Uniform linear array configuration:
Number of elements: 32
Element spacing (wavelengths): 0.25
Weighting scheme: hamming
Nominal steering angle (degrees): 15
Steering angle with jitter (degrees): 15.857
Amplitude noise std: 0.05
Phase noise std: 0.05

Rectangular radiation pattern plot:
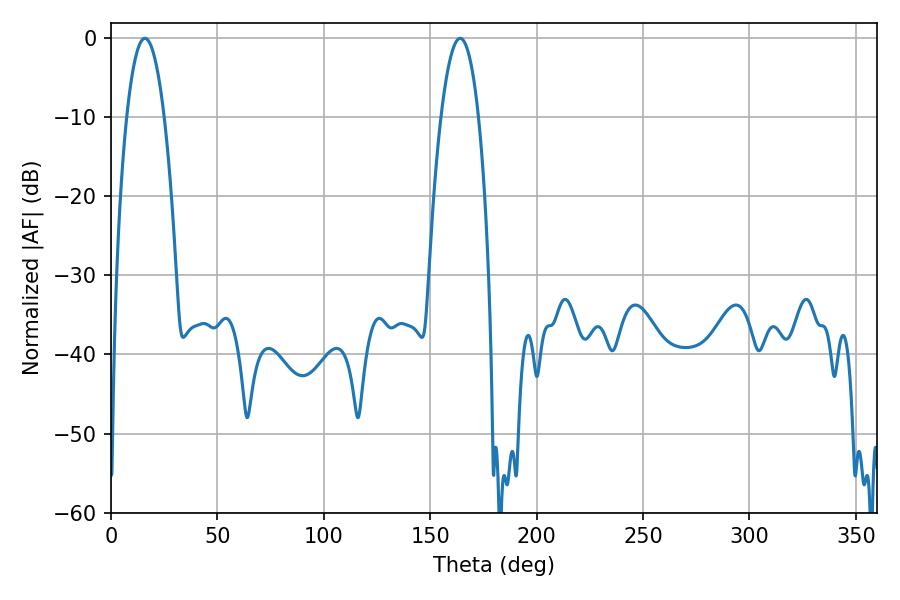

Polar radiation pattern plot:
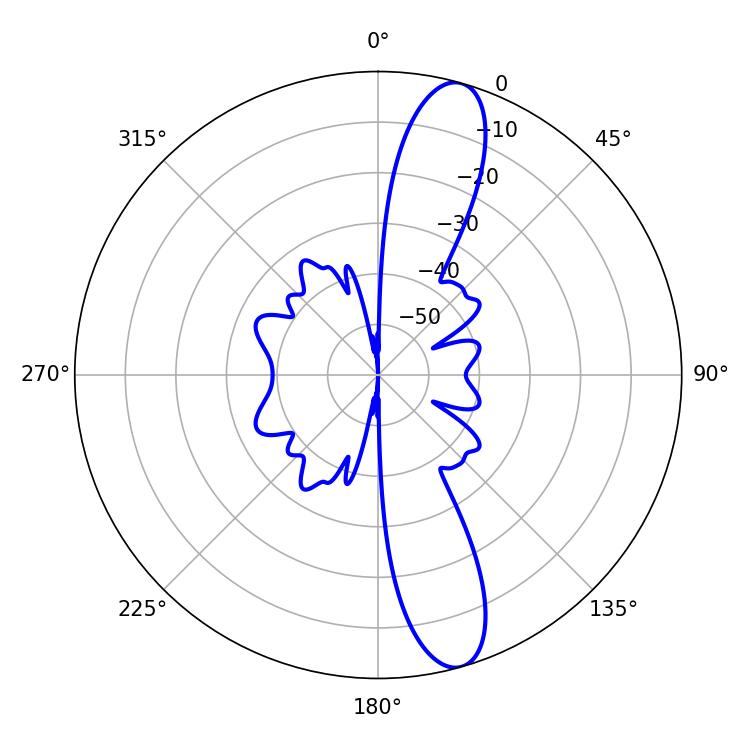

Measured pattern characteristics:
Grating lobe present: FALSE
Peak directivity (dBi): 12.988
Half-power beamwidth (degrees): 9.72
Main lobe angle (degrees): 16.02